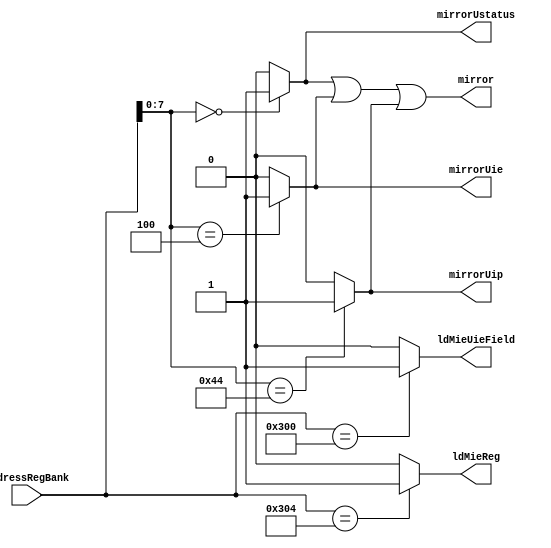
// **************************************************************************************
// Project: AFTAB
// Version: 1.0
// Date:
//
// Module Name: aftab_CSR_address_logic
// Description:
//
// Dependencies:
//
// File content description:
// aftab_CSR_address_logic for AFTAB interrupt
//
// **************************************************************************************
`timescale 1ns/1ns

module aftab_CSR_address_logic (
	input [11:0] addressRegBank,
  	output ldMieReg,
  	output ldMieUieField,
  	output mirrorUstatus,
  	output mirrorUie,
  	output mirrorUip,
  	output mirror
);

  	wire mirrorUstatusTemp, mirrorUieTemp, mirrorUipTemp;

	assign ldMieReg = addressRegBank == 12'h304 ? 1'b1 : 1'b0;
	assign ldMieUieField = addressRegBank == 12'h300 ? 1'b1 : 1'b0;
	assign mirrorUstatusTemp = addressRegBank[7:0] == 8'h00 ? 1'b1 : 1'b0;
	assign mirrorUieTemp = addressRegBank[7:0] == 8'h04 ? 1'b1 : 1'b0;
	assign mirrorUipTemp = addressRegBank[7:0] == 8'h44 ? 1'b1 : 1'b0;
	assign mirrorUstatus = mirrorUstatusTemp;
	assign mirrorUie = mirrorUieTemp;
	assign mirrorUip = mirrorUipTemp;
	assign mirror = (mirrorUstatusTemp | mirrorUieTemp) | mirrorUipTemp;

endmodule